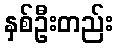
နှစ်ဦးတည်း